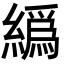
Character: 𦅂